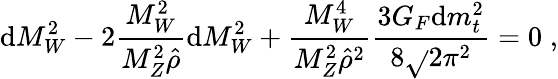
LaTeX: \mathrm{d}M_{W}^{2}-2\frac{{M_{W}^{2}}}{{M_{Z}^{2}\hat{{\rho}}}}\mathrm{d}M_{W}^{2}+\frac{{M_{W}^{4}}}{{M_{Z}^{2}\hat{{\rho}}^{2}}}\frac{{3G_{F}\mathrm{d}m_{t}^{2}}}{{8\sqrt{}{2}\pi^{2}}}=0\; ,